Civil Veterinary Department. Central Provinces & Berar 1925-31 - 1925-1931
Year: 1925
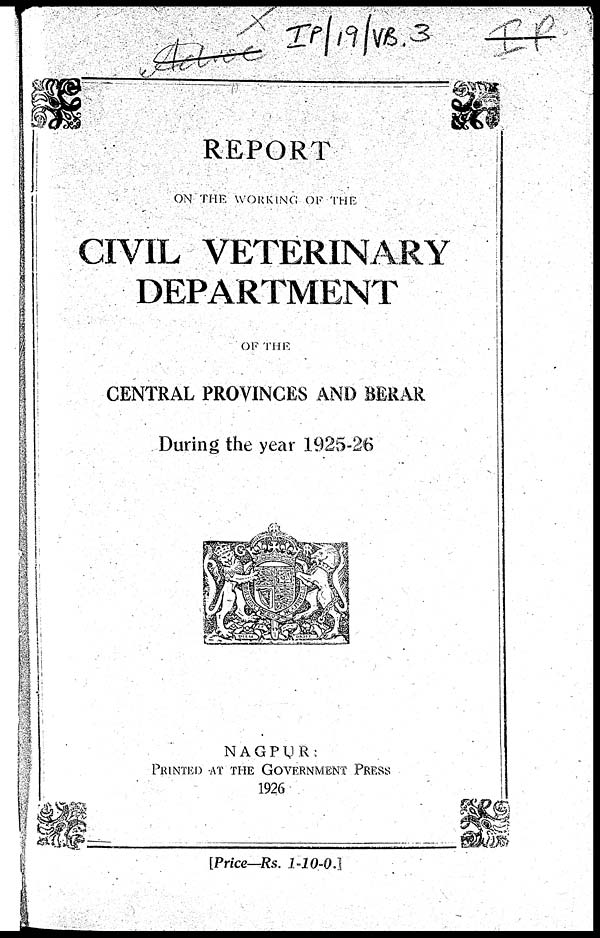
REPORT
ON THE WORKING OF THE
CIVIL VETERINARY
DEPARTMENT
OF THE
CENTRAL PROVINCES AND BERAR
During the year 1925-26
NAGPUR
PRINTED AT THE GOVERNMENT PRESS
1926
[Price—Rs. 1-10-0.]